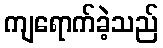
ကျရောက်ခဲ့သည်